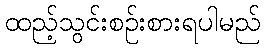
ထည့်သွင်းစဉ်းစားရပါမည်